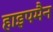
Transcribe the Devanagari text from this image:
हाइपमैन